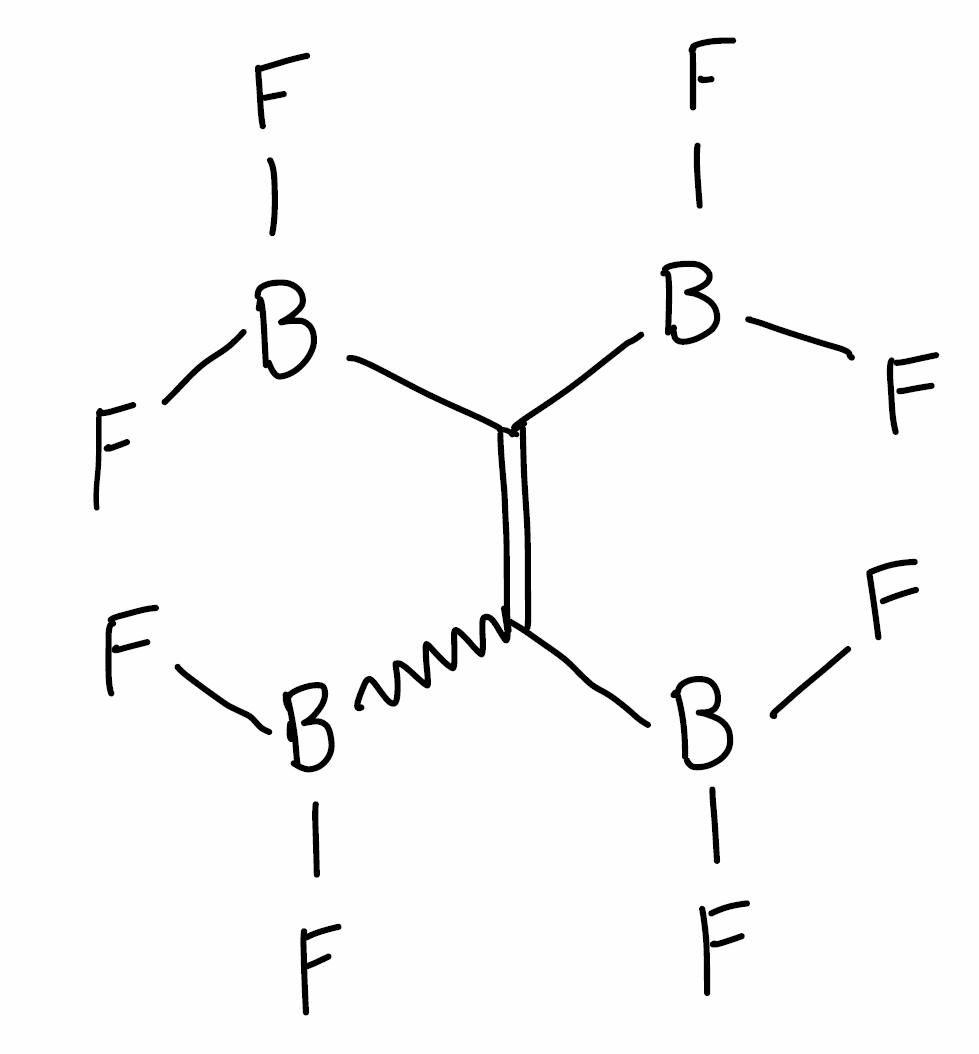
Simplified molecular-input line-entry system (SMILES) notation of the given molecule:
B(C(=C(B(F)F)B(F)F)B(F)F)(F)F